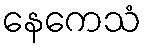
နေကေသံ